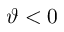
\vartheta < 0